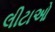
લીટાઓ